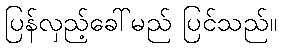
ပြန်လှည့်ခေါ်မည် ပြင်သည်။